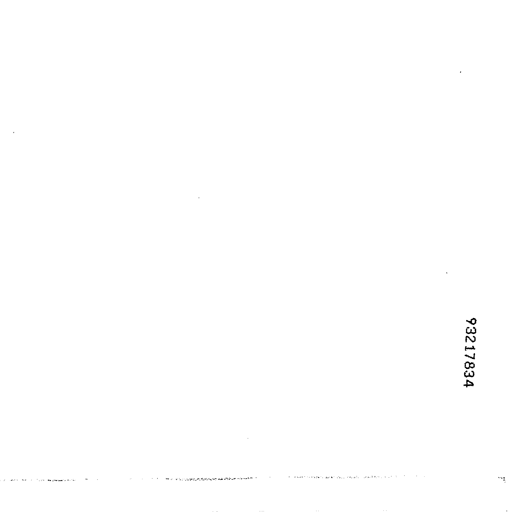
93217834